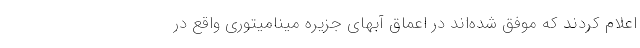
اعلام کردند که موفق شده‌اند در اعماق آبهای جزیره مینامیتوری واقع در